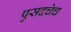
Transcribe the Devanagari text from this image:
पुसदचेच